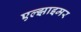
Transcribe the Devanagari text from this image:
एल्झाइमर